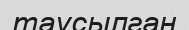
таусылган